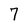
Character: 7